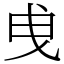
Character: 曵